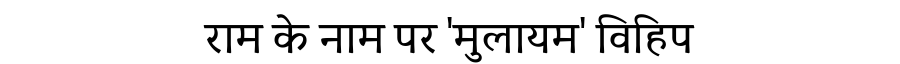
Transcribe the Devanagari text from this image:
राम के नाम पर 'मुलायम' विहिप